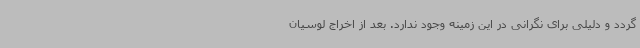
گردد و دلیلی برای نگرانی در این زمینه وجود ندارد. بعد از اخراج لوسیان